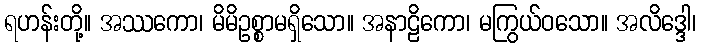
ရဟန်းတို့။ အဿကော၊ မိမိဥစ္စာမရှိသော။ အနာဠိကော၊ မကြွယ်ဝသော။ အလိဒ္ဒေါ၊